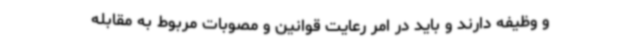
و وظیفه دارند و باید در امر رعایت قوانین و مصوبات مربوط به مقابله